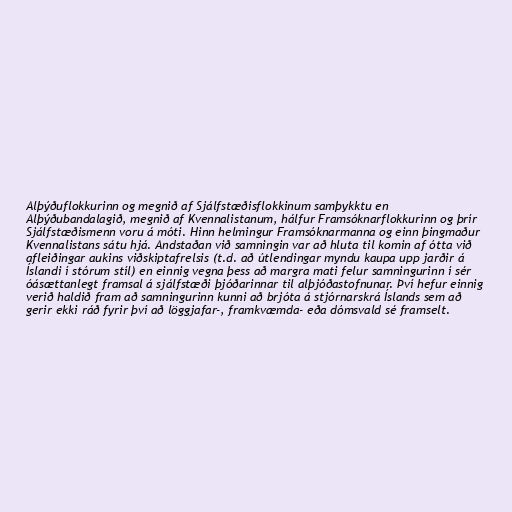
Alþýðuflokkurinn og megnið af Sjálfstæðisflokkinum samþykktu en
Alþýðubandalagið, megnið af Kvennalistanum, hálfur Framsóknarflokkurinn og þrír
Sjálfstæðismenn voru á móti. Hinn helmingur Framsóknarmanna og einn þingmaður
Kvennalistans sátu hjá. Andstaðan við samningin var að hluta til komin af ótta við
afleiðingar aukins viðskiptafrelsis (t.d. að útlendingar myndu kaupa upp jarðir á
Íslandi í stórum stíl) en einnig vegna þess að margra mati felur samningurinn í sér
óásættanlegt framsal á sjálfstæði þjóðarinnar til alþjóðastofnunar. Því hefur einnig
verið haldið fram að samningurinn kunni að brjóta á stjórnarskrá Íslands sem að
gerir ekki ráð fyrir því að löggjafar-, framkvæmda- eða dómsvald sé framselt.